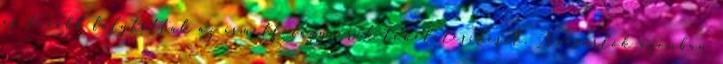
és tovább folytatták az ismétlőfegyverek tökéletesítését. A vásárlók azonban